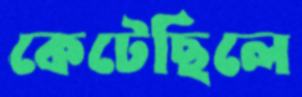
কেটেছিলে